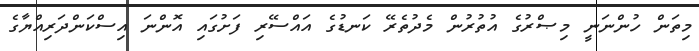
މިތަން ހުންނަނީ މިޞްރުގެ އުތުރުން މެދުތެރޭ ކަނޑުގެ އައްސޭރި ފަށުގައި އޮންނަ އިސްކަންދަރިއްޔާގެ